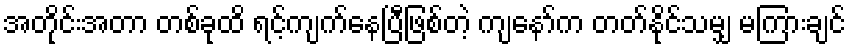
အတိုင်းအတာ တစ်ခုထိ ရင့်ကျက်နေပြီဖြစ်တဲ့ ကျနော်က တတ်နိုင်သမျှ မကြားချင်